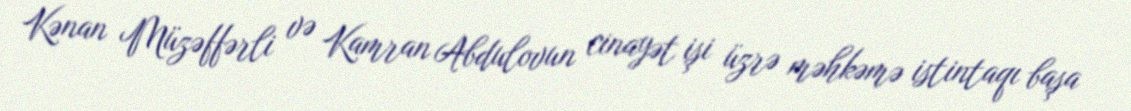
Kənan Müzəffərli və Kamran Abdulovun cinayət işi üzrə məhkəmə istintaqı başa